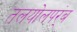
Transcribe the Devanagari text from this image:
तलयोलपर्ंब